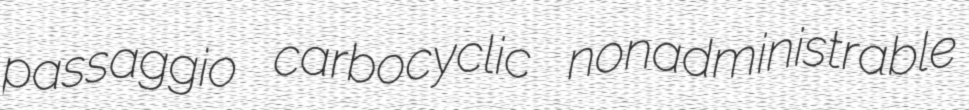
passaggio carbocyclic nonadministrable